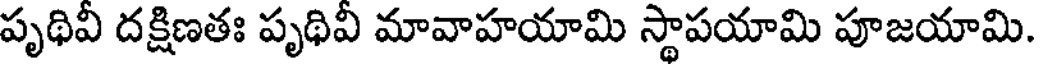
పృథివి దక్షిణతః పృథివి మావాహయామి స్థాపయామి పూజయామి.